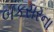
બકસરના